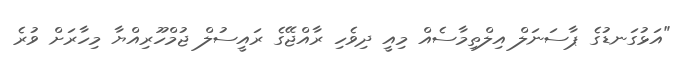
"އަޅުގަނޑުގެ ޕާސަނަލް އިލްތިމާސެއް މިއީ ދިވެހި ރާއްޖޭގެ ރައީސުލް ޖުމްހޫރިއްޔާ މިހާރަށް ވުރެ